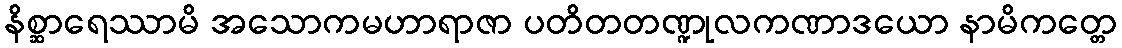
နိစ္ဆာရေဿာမိ အသောကမဟာရာဇာ ပတိတတဏ္ဍုလကဏာဒယော နာမိကတ္တေ